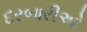
દરબારીઓ